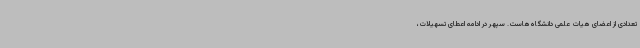
تعدادی از اعضای هیات علمی دانشگاه‌هاست. سپهر در ادامه اعطای تسهیلات،